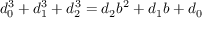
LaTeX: d _ { 0 } ^ { 3 } + d _ { 1 } ^ { 3 } + d _ { 2 } ^ { 3 } = d _ { 2 } b ^ { 2 } + d _ { 1 } b + d _ { 0 }